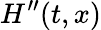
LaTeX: H^{\prime\prime}(t,x)